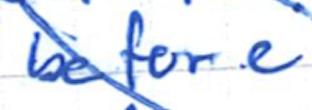
Text: before
Cross-out: diagonal
Writing tool: ballpoint